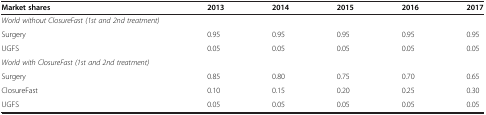
<table><thead><tr><td><b>Market shares</b></td><td><b>2013</b></td><td><b>2014</b></td><td><b>2015</b></td><td><b>2016</b></td><td><b>2017</b></td></tr></thead><tbody><tr><td><i>World without ClosureFast (1st and 2nd treatment)</i></td><td> </td><td> </td><td> </td><td> </td><td> </td></tr><tr><td>Surgery</td><td>0.95</td><td>0.95</td><td>0.95</td><td>0.95</td><td>0.95</td></tr><tr><td>UGFS</td><td>0.05</td><td>0.05</td><td>0.05</td><td>0.05</td><td>0.05</td></tr><tr><td><i>World with ClosureFast (1st and 2nd treatment)</i></td><td> </td><td> </td><td> </td><td> </td><td> </td></tr><tr><td>Surgery</td><td>0.85</td><td>0.80</td><td>0.75</td><td>0.70</td><td>0.65</td></tr><tr><td>ClosureFast</td><td>0.10</td><td>0.15</td><td>0.20</td><td>0.25</td><td>0.30</td></tr><tr><td>UGFS</td><td>0.05</td><td>0.05</td><td>0.05</td><td>0.05</td><td>0.05</td></tr></tbody></table>